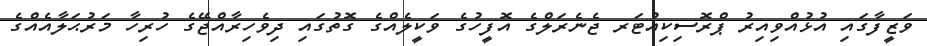
ވަޒީފާގައި އުޅުއްވިއިރު ޕްރޮސިކިއުޓަރ ޖެނެރަލްގެ އޮފީހުގެ ވަކީލެއްގެ ގޮތުގައި ދިވެހިރާއްޖޭގެ ހުރިހާ މަރުޙަލާއެއްގެ